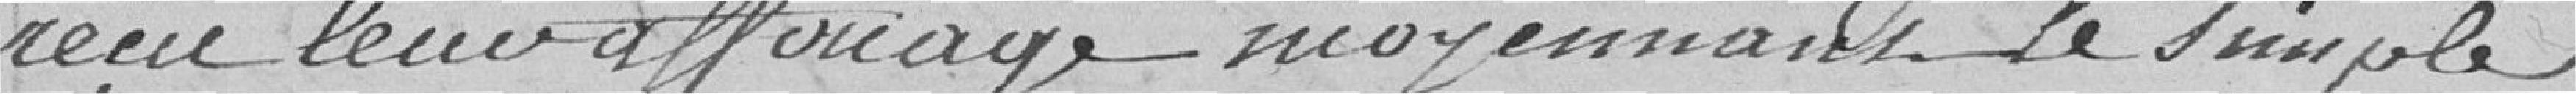
reçu leur apporiage moyennant le simple